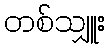
တစ်သျှူး